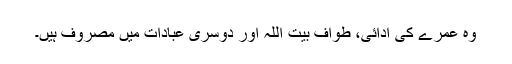
وہ عمرے کی ادائی، طواف بیت اللہ اور دوسری عبادات میں مصروف ہیں۔